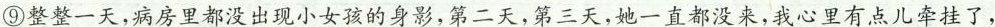
⑨整整一天，病房里都没出现小女孩的身影，第二天，第三天，她一直都没来，我心里有点儿牵挂了，